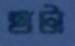
ছাটা